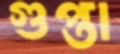
গুপ্তা